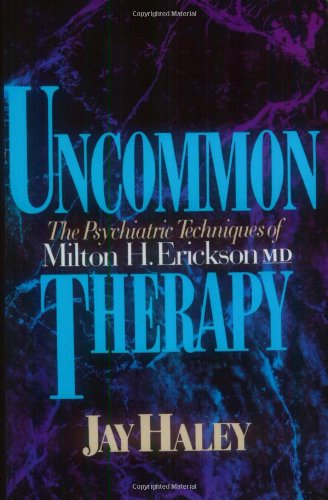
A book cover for Uncommon Therapy: The Psychiatric Techniques of Milton H. Erickson, M.D.; Jay Haley; Self-Help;